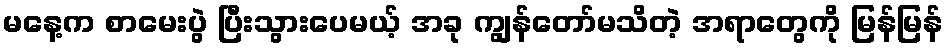
မနေ့က စာမေးပွဲ ပြီးသွားပေမယ့် အခု ကျွန်တော်မသိတဲ့ အရာတွေကို မြန်မြန်